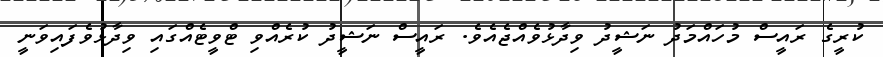
ކުރީގެ ރައީސް މުހައްމަދު ނަޝީދު ވިދާޅުވެއްޖެއެވެ. ރައީސް ނަޝީދު ކުރެއްވި ޓްވީޓެއްގައި ވިދާޅުވެފައިވަނީ